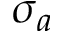
\sigma _ { a }